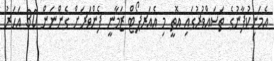
އެމަނިކުފާނުގެ ތަސައްވުރުގައި އޮތީ މި އެއަރޕޯޓް ޒަމާނީ ފެންވަރަށް ގެންނަން 30 އަހަރު